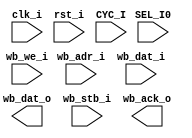
`timescale 1ns / 1ps
/*
	Wishbone slave 
	(Verilog 2001)
*/
module lcd_wishbone_slave(
    input clk_i,
    input rst_i,
    input [1:0] wb_adr_i,
    input [7:0] wb_dat_i,
    output [7:0] wb_dat_o,
    input wb_we_i,
    input SEL_I0,
    input wb_stb_i,
    output wb_ack_o,
    input CYC_I
    );


endmodule